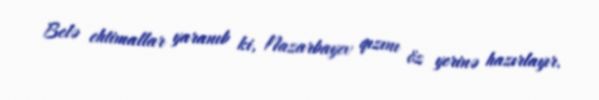
Belə ehtimallar yaranıb ki, Nazarbayev qızını öz yerinə hazırlayır.